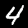
Label: 4